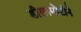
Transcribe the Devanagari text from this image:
डीलामोटीने